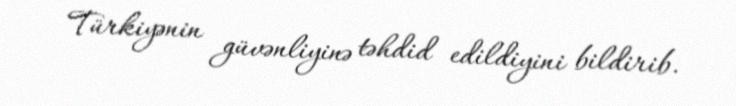
Türkiyənin güvənliyinə təhdid edildiyini bildirib.